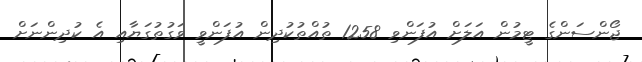
ޖޯންސަންގެ ޓީމުން އަލަށް އުފަންވި 1258 ތުއްތުކުދިން އުފަންވީ ވަގުތުގަޔާއި އެ ކުދިންނަށް